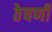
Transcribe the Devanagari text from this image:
ठेचणी